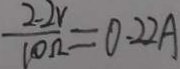
\frac { 2 . 2 v } { 1 0 \Omega } = 0 . 2 2 A